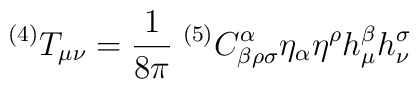
^{(4)}T_{\mu\nu}=\frac{1}{8\pi}\;^{(5)}C^{\alpha}_{\beta\rho\sigma}\eta_{\alpha}\eta^{\rho}h_{\mu}^{\beta}h_{\nu}^{\sigma}